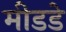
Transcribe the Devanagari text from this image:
मीडडे